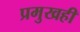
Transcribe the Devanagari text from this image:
प्रमुखही